Annual report of the Punjab Veterinary College and of the Civil Veterinary Department, Punjab - 1926-1932
Year: 1926
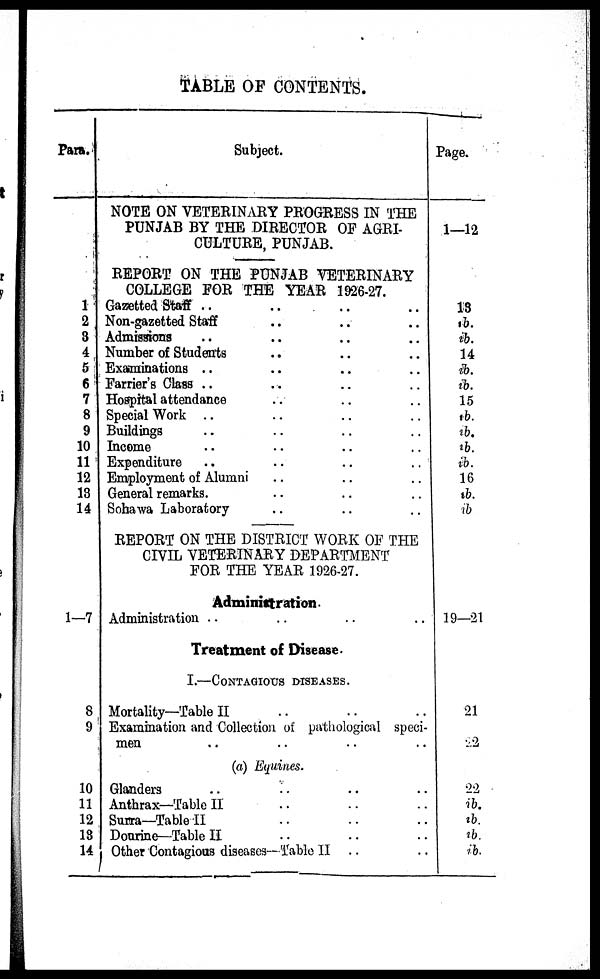
TABLE OF CONTENTS.
Para.
1
2
3
4
5
6
7
8
9
10
11
12
13
14
1—7
8
9
10
11
12
13
14
Subject.
NOTE ON VETERINARY PROGRESS IN THE
PUNJAB BY THE DIRECTOR OF AGRI-
CULTURE, PUNJAB.
REPORT ON THE PUNJAB VETERINARY
COLLEGE FOR THE YEAR 1926-27.
Gazetted Staff ..
..
..
Non-gazetted Staff .. .. ..
Admissions .. .. ..
Number of Students .. ..
Examinations .. .. .. ..
Farrier's Class .. .. .. ..
Hospital attendance .. .. ..
Special Work .. .. .. ..
Buildings .. .. .. ..
Income .. .. .. ..
Expenditure .. .. .. ..
Employment of Alumni .. .. ..
General remarks. .. .. .. ..
Sohawa Laboratory .. .. ..
REPORT ON THE DISTRICT WORK OF THE
CIVIL VETERINARY DEPARTMENT
FOR THE YEAR 1926-27.
Administration.
Administration .. .. .. ..
Treatment of Disease.
I.—CONTAGIOUS DISEASES.
Mortality—Table II .. .. ..
Examination and Collection of pathological speci-
men .. .. .. ..
(a) Equines.
Glanders .. .. .. ..
Antbrax—Table II .. .. ..
Surra—Table II .. .. .. ..
Dourine—Table II .. .. .. ..
Other Contagious diseases— Table II .. ..
Page.
1—12
13
ib.
ib.
14
ib.
ib.
15
ib.
ib.
ib.
ib.
16
ib.
ib
19—21
21
22
22
ib.
ib.
ib.
ib.